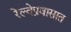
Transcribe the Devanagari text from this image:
रेल्वेप्रवासात